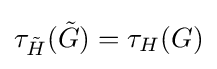
\tau _{\tilde {H}}({\tilde {G}})=\tau _{H}(G)